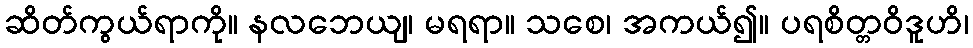
ဆိတ်ကွယ်ရာကို။ နလဘေယျ၊ မရရာ။ သစေ၊ အကယ်၍။ ပရစိတ္တဝိဒူဟိ၊